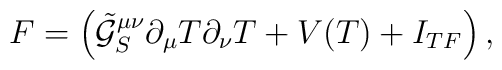
F=\left(\tilde{\mathcal{G}}_S^{\mu\nu}\partial_{\mu}T\partial_{\nu}T+V(T)+I_{TF}\right),